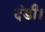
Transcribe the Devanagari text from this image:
दंडी।